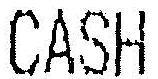
CASH